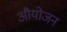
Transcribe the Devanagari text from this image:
औयोजन